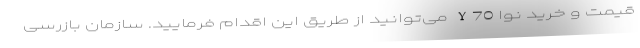
قیمت و خرید نوا Y70 می‌توانید از طریق این اقدام فرمایید. سازمان بازرسی